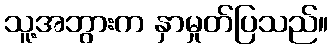
သူ့အဘွားက နှာမှုတ်ပြသည်။